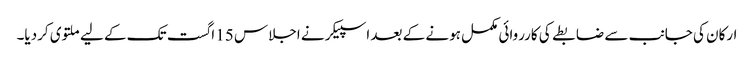
ارکان کی جانب سے ضابطے کی کارروائی مکمل ہونے کے بعد اسپیکر نے اجلاس 15 اگست تک کے لیے ملتوی کردیا۔